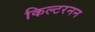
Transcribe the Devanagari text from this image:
किल्टरनन